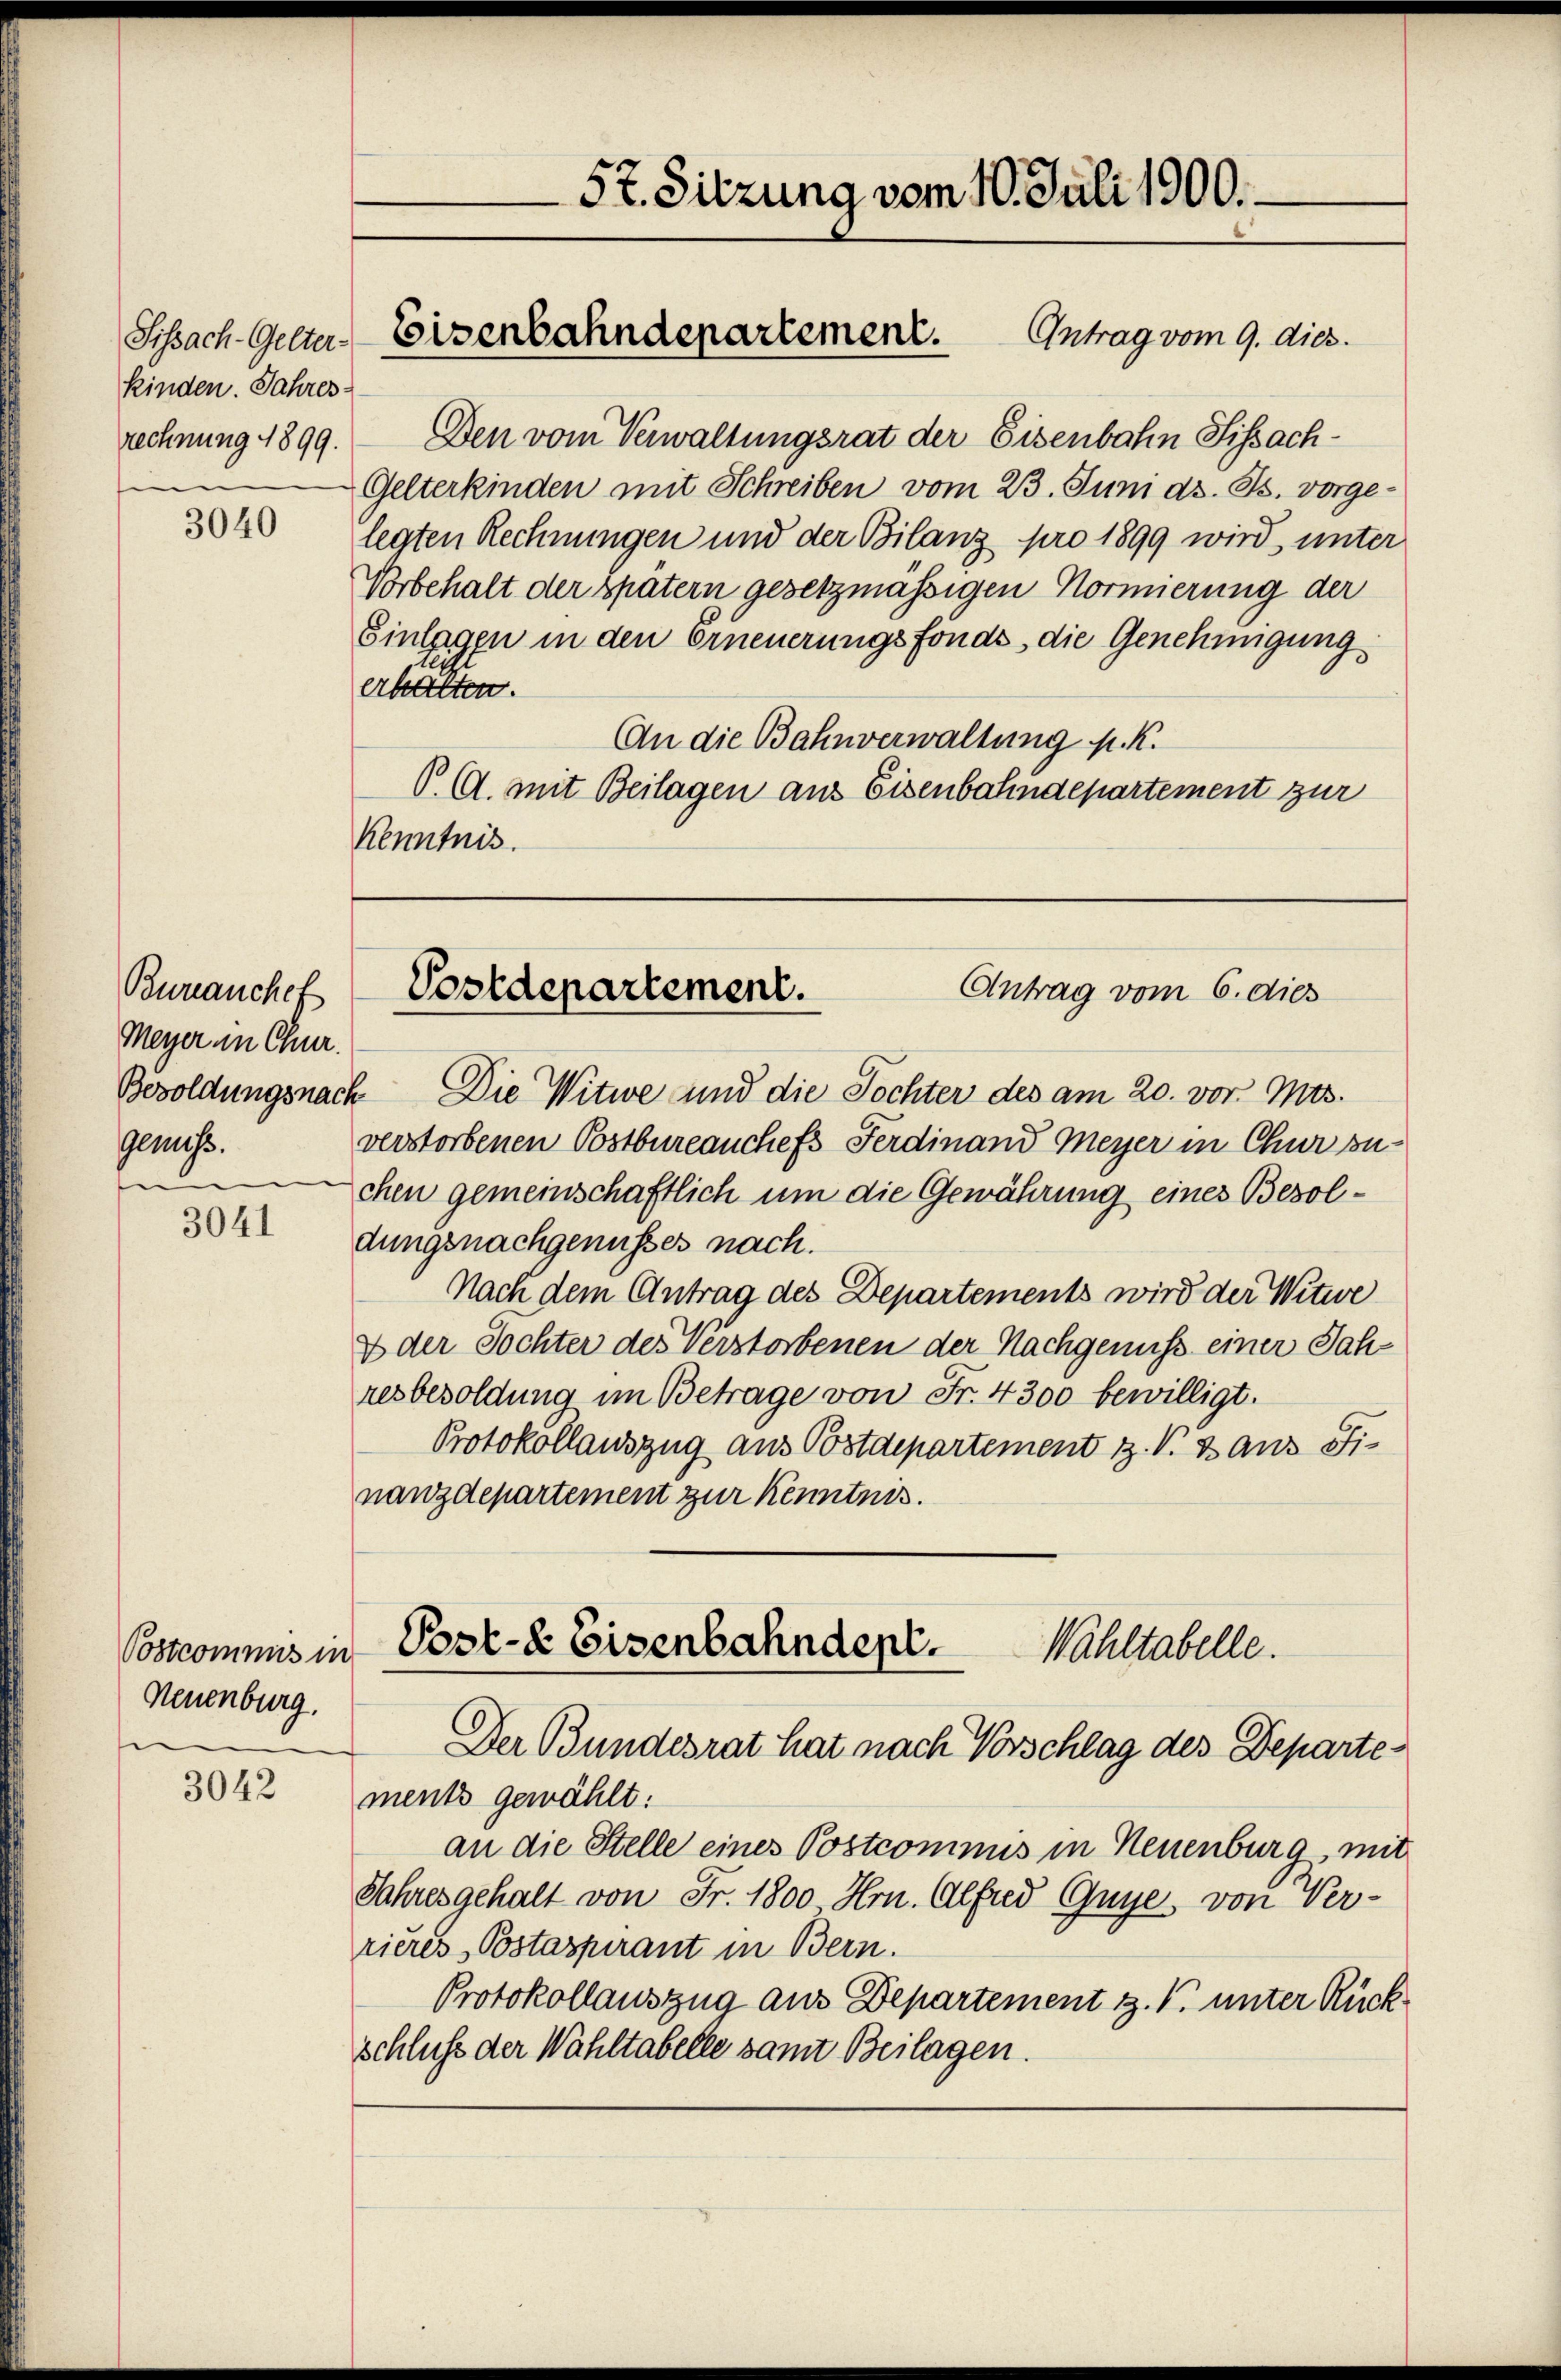
5t. Sitzung vom 10. Juli 1900.

Sissach-Gelter-Eisenbahndepartement. Antrag vom 9. dies

kinden. Jahres-
rechnung 1899.

Den vom Verwaltungsrat der Eisenbahn Sissach¬
Gelterkinden mit Schreiben vom 23. Juni d. Js. vorgelegten Rechnungen und der Bilanz pro 1899 wird unter
Vorbehalt der später gesetzmässigen Normierung der
Einlagen in den erneuerungsfonds, die Genehmigung,
erbatten.
An die Bahnverwaltung p. K.
V. Ad. mit Beilagen aus Eisenbahndepartement zur
Kenntnis.

3040

Antrag vom 6. dies
Postdepartement.

Bureanchef
Meyer in Chur.
Geniß.
u

Besoldungsnach Die Witwe und die Tochter des am 20. vor. Mts.
verstorbenen Postbureauchefs Ferdinand Meyer in Chur zuchen gemeinschaftlich um die Gewährung eines Besoldungsnachgenusses nach.
Nach dem Antrag des Departements wird der Witwe
& der Tochter des Verstorbenen der Nachgenuss einer Jahresbesoldung im Betrage von Fr. 4300 bewilligt.
Protokollauszug aus Postdepartement z. V. B. aus Finanzdepartement zur Kenntnis.

3041

Post- & Eisenbahndepi.
Wahltabelle.
Der Bundesrat hat nach Vorschlag des Departe¬

Postcommis in
Neuenburg.

ments gewählt:
an die Stelle eines Postcommis in Neuenburg, mit
Jahres gehalt von Fr. 1800. Hrn. Alfred Guye, von Verrieres Postaspirant in Bern.
Protokollauszug aus Departement z. B. unter Rückschluß der Wahltabelle samt Beilagen.

3042